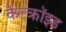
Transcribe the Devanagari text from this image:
कैन्क्रॉइड